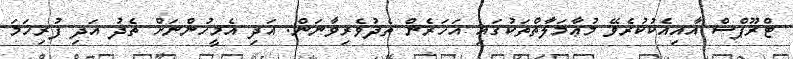
ޓްރޫޕްސް އާއިއެކުކުރެވޭ މުޢާމަލާތްތަކުގައި އަހަރެން ތެދުވެރިވާނަން. އަދި އެމީހުންނަށް ތެދު އަދި ފުރިހަމަ